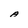
Character: A